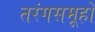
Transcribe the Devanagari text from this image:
तरंगसमूहों